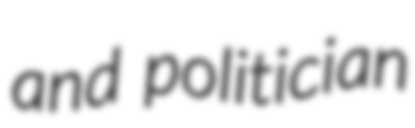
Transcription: and politician